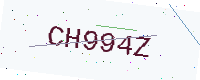
Text: CH994Z